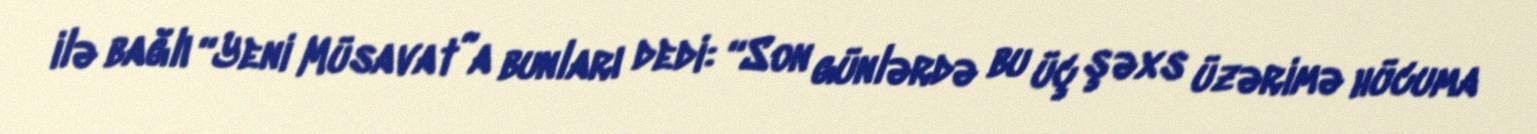
ilə bağlı “Yeni Müsavat”a bunları dedi: “Son günlərdə bu üç şəxs üzərimə hücuma